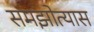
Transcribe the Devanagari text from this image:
समझोत्यास